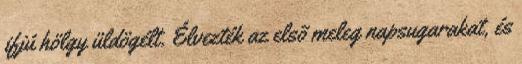
ifjú hölgy üldögélt. Élvezték az elsõ meleg napsugarakat, és